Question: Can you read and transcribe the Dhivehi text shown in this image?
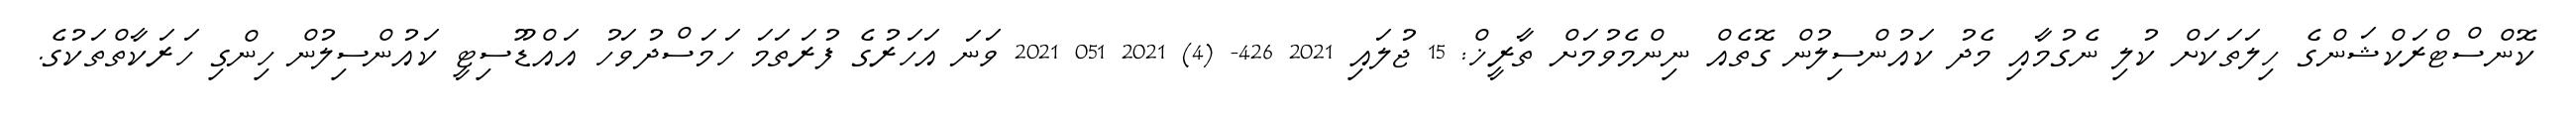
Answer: ކޮންސްޓްރަކްޝަންގެ ހިލަތަކަށް ކުލި ނެގުމާއި މެދު ކައުންސިލުން ގޮތެއް ނިންމެވުމަށް ތާރީޚް: 15 ޖުލައި 2021 426- (4) 2021 051 2021 ވަނަ އަހަރުގެ ފުރަތަމަ ހަމަސްދުވަހު އައްޑޫސިޓީ ކައުންސިލުން ހިންގި ހަރަކާތްތަކުގެ.